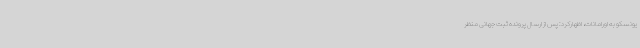
یونسکو به اورامانات، اظهارکرد: پس از ارسال پرونده ثبت جهانی منظر